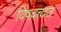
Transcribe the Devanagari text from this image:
विषवत्त्यज